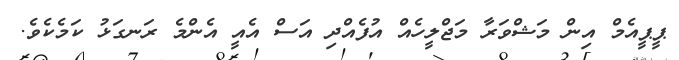
ޕީޕީއެމް އިން މަޝްވަރާ މަޖްލީހެއް އުފެއްދި އަސް އެއީ އެންމެ ރަނގަޅު ކަމެކެވެ.